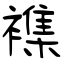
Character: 襍